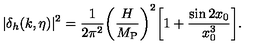
| \delta _ { h } ( k , \eta ) | ^ { 2 } = \frac { 1 } { 2 \pi ^ { 2 } } \biggl ( \frac { H } { M _ { \mathrm { P } } } \biggr ) ^ { 2 } \biggl [ 1 + \frac { \sin { 2 x _ { 0 } } } { x _ { 0 } ^ { 3 } } \biggr ] .